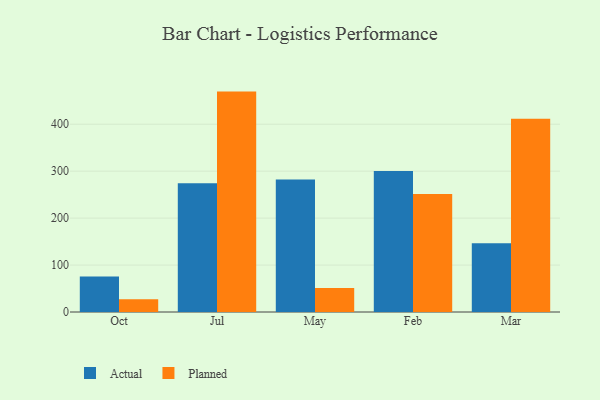
{"axis": {"x": "Month", "y": "LTV (USD)"}, "legend": ["Actual", "Planned"], "data": [{"x": "Oct", "y": 75.8, "type": "Actual"}, {"x": "Oct", "y": 27.0, "type": "Planned"}, {"x": "Jul", "y": 274.5, "type": "Actual"}, {"x": "Jul", "y": 469.5, "type": "Planned"}, {"x": "May", "y": 282.5, "type": "Actual"}, {"x": "May", "y": 51.1, "type": "Planned"}, {"x": "Feb", "y": 300.3, "type": "Actual"}, {"x": "Feb", "y": 251.3, "type": "Planned"}, {"x": "Mar", "y": 146.3, "type": "Actual"}, {"x": "Mar", "y": 411.8, "type": "Planned"}]}